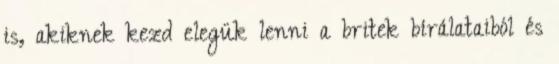
is, akiknek kezd elegük lenni a britek bírálataiból és